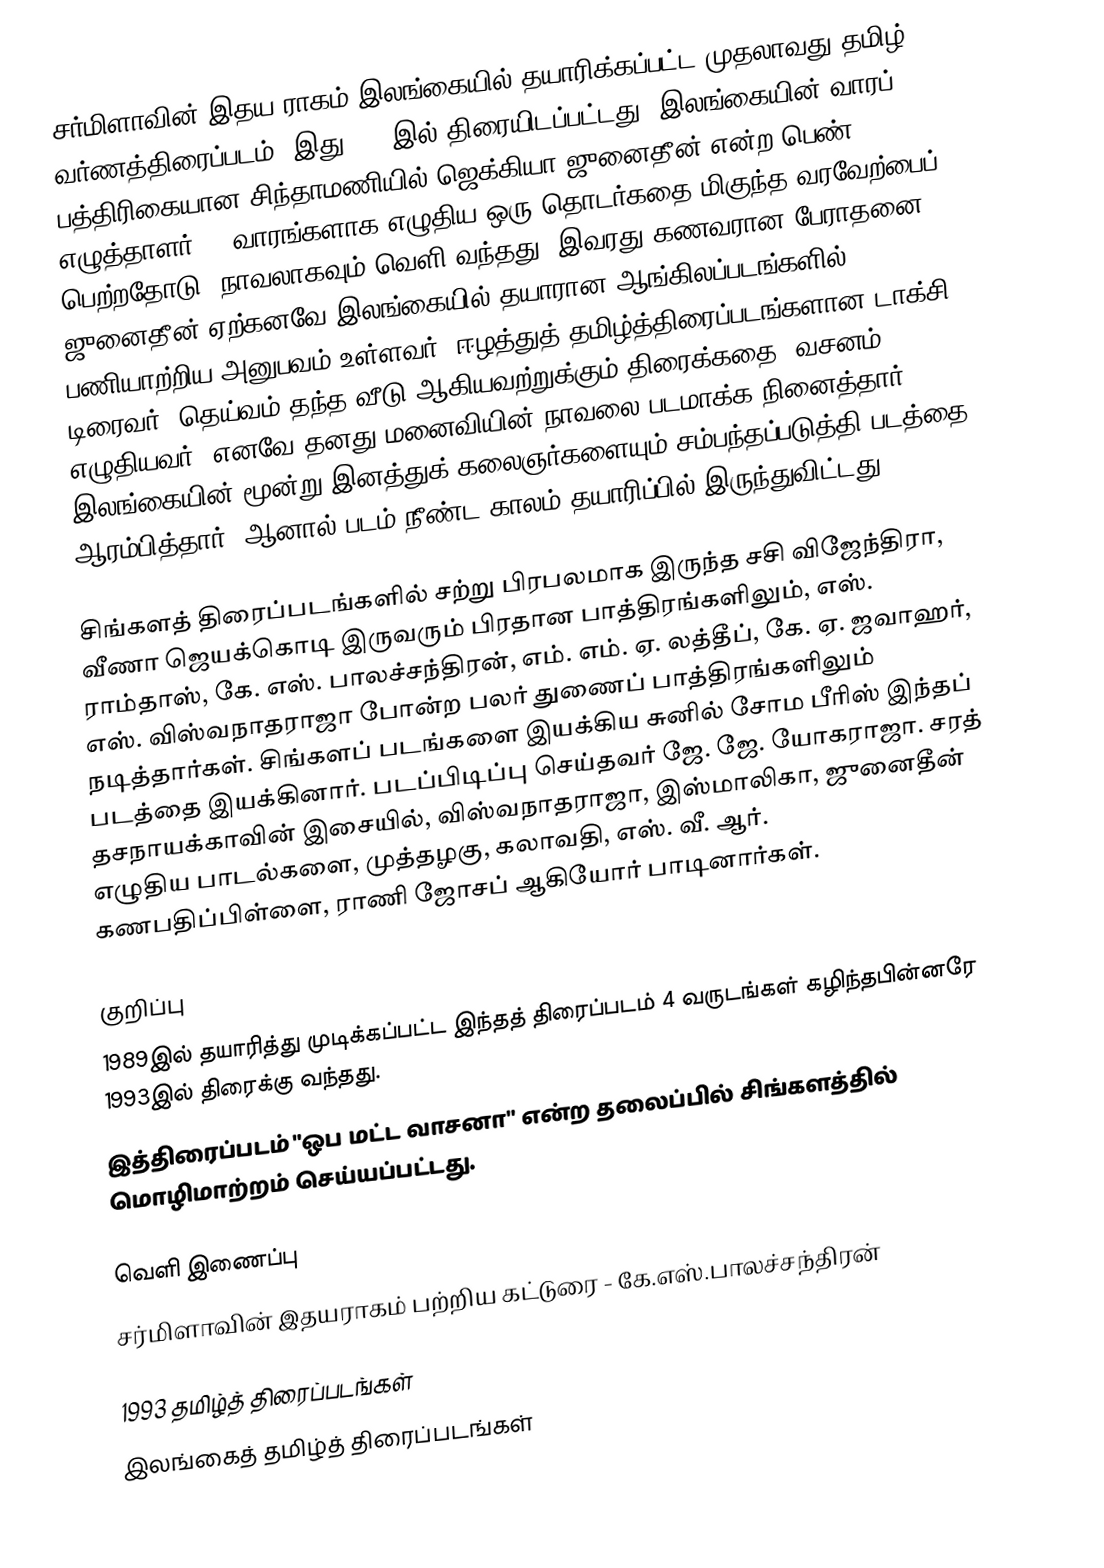
சர்மிளாவின் இதய ராகம் இலங்கையில் தயாரிக்கப்பட்ட முதலாவது தமிழ் வர்ணத்திரைப்படம். இது 1993இல் திரையிடப்பட்டது. இலங்கையின் வாரப் பத்திரிகையான சிந்தாமணியில் ஜெக்கியா ஜுனைதீன் என்ற பெண் எழுத்தாளர் 32 வாரங்களாக எழுதிய ஒரு தொடர்கதை மிகுந்த வரவேற்பைப் பெற்றதோடு, நாவலாகவும் வெளி வந்தது. இவரது கணவரான பேராதனை ஜுனைதீன் ஏற்கனவே இலங்கையில் தயாரான ஆங்கிலப்படங்களில் பணியாற்றிய அனுபவம் உள்ளவர். ஈழத்துத் தமிழ்த்திரைப்படங்களான டாக்சி டிரைவர், தெய்வம் தந்த வீடு ஆகியவற்றுக்கும் திரைக்கதை, வசனம் எழுதியவர். எனவே தனது மனைவியின் நாவலை படமாக்க நினைத்தார். இலங்கையின் மூன்று இனத்துக் கலைஞர்களையும் சம்பந்தப்படுத்தி படத்தை ஆரம்பித்தார். ஆனால் படம் நீண்ட காலம் தயாரிப்பில் இருந்துவிட்டது.

சிங்களத் திரைப்படங்களில் சற்று பிரபலமாக இருந்த சசி விஜேந்திரா, வீணா ஜெயக்கொடி இருவரும் பிரதான பாத்திரங்களிலும், எஸ். ராம்தாஸ், கே. எஸ். பாலச்சந்திரன், எம். எம். ஏ. லத்தீப், கே. ஏ. ஜவாஹர், எஸ். விஸ்வநாதராஜா போன்ற பலர் துணைப் பாத்திரங்களிலும் நடித்தார்கள். சிங்களப் படங்களை இயக்கிய சுனில் சோம பீரிஸ் இந்தப் படத்தை இயக்கினார். படப்பிடிப்பு செய்தவர் ஜே. ஜே. யோகராஜா. சரத் தசநாயக்காவின் இசையில், விஸ்வநாதராஜா, இஸ்மாலிகா, ஜுனைதீன் எழுதிய பாடல்களை, முத்தழகு, கலாவதி, எஸ். வீ. ஆர். கணபதிப்பிள்ளை, ராணி ஜோசப் ஆகியோர் பாடினார்கள்.

குறிப்பு
 1989இல் தயாரித்து முடிக்கப்பட்ட இந்தத் திரைப்படம் 4 வருடங்கள் கழிந்தபின்னரே 1993இல் திரைக்கு வந்தது.
 இத்திரைப்படம் "ஒப மட்ட வாசனா" என்ற தலைப்பில் சிங்களத்தில் மொழிமாற்றம் செய்யப்பட்டது.

வெளி இணைப்பு
 சர்மிளாவின் இதயராகம் பற்றிய கட்டுரை - கே.எஸ்.பாலச்சந்திரன்

1993 தமிழ்த் திரைப்படங்கள்
இலங்கைத் தமிழ்த் திரைப்படங்கள்